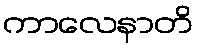
ကာလေနာတိ